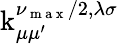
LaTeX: \operatorname{k}_{\mu\mu^{\prime}}^{\nu_{\mathrm{~m~a~x~}}/2,\lambda\sigma}